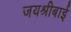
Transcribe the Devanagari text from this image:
जयश्रीबाई